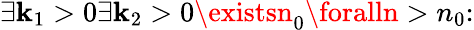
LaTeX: \exists\mathbf{k}_{1}>0\exists\mathbf{k}_{2}>0\existsn_{0}\foralln>n_{0}\colon